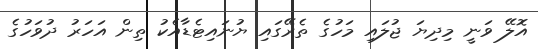
އޮލޭ ވަނީ މިދިޔަ ޖުލައި މަހުގެ ތެރޭގައި ޔުނައިޓެޑާއެކު ތިން އަހަރު ދުވަހުގެ